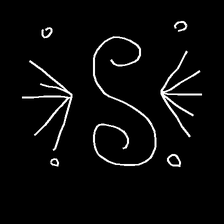
Glyph: aeroform